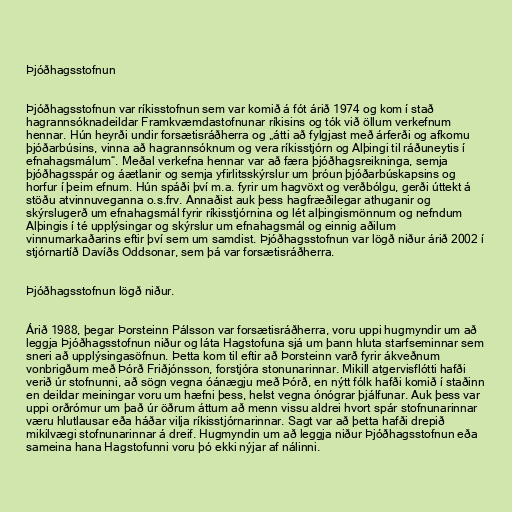
Þjóðhagsstofnun

Þjóðhagsstofnun var ríkisstofnun sem var komið á fót árið 1974 og kom í stað
hagrannsóknadeildar Framkvæmdastofnunar ríkisins og tók við öllum verkefnum
hennar. Hún heyrði undir forsætisráðherra og „átti að fylgjast með árferði og afkomu
þjóðarbúsins, vinna að hagrannsóknum og vera ríkisstjórn og Alþingi til ráðuneytis í
efnahagsmálum“. Meðal verkefna hennar var að færa þjóðhagsreikninga, semja
þjóðhagsspár og áætlanir og semja yfirlitsskýrslur um þróun þjóðarbúskapsins og
horfur í þeim efnum. Hún spáði því m.a. fyrir um hagvöxt og verðbólgu, gerði úttekt á
stöðu atvinnuveganna o.s.frv. Annaðist auk þess hagfræðilegar athuganir og
skýrslugerð um efnahagsmál fyrir ríkisstjórnina og lét alþingismönnum og nefndum
Alþingis í té upplýsingar og skýrslur um efnahagsmál og einnig aðilum
vinnumarkaðarins eftir því sem um samdist. Þjóðhagsstofnun var lögð niður árið 2002 í
stjórnartíð Davíðs Oddsonar, sem þá var forsætisráðherra.

Þjóðhagsstofnun lögð niður.

Árið 1988, þegar Þorsteinn Pálsson var forsætisráðherra, voru uppi hugmyndir um að
leggja Þjóðhagsstofnun niður og láta Hagstofuna sjá um þann hluta starfseminnar sem
sneri að upplýsingasöfnun. Þetta kom til eftir að Þorsteinn varð fyrir ákveðnum
vonbrigðum með Þórð Friðjónsson, forstjóra stonunarinnar. Mikill atgervisflótti hafði
verið úr stofnunni, að sögn vegna óánægju með Þórð, en nýtt fólk hafði komið í staðinn
en deildar meiningar voru um hæfni þess, helst vegna ónógrar þjálfunar. Auk þess var
uppi orðrómur um það úr öðrum áttum að menn vissu aldrei hvort spár stofnunarinnar
væru hlutlausar eða háðar vilja ríkisstjórnarinnar. Sagt var að þetta hafði drepið
mikilvægi stofnunarinnar á dreif. Hugmyndin um að leggja niður Þjóðhagsstofnun eða
sameina hana Hagstofunni voru þó ekki nýjar af nálinni.